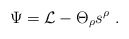
\begin{align*}\Psi={\cal L}-\Theta_\rho s^\rho\ . \end{align*}